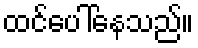
ထင်ပေါ်နေသည်။